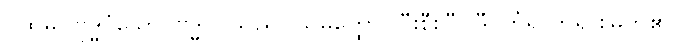
ပထမ။ ဗုဒ္ဓဝံသော၊ ဗုဒ္ဓဝင်သည်။ သမတ္ထော၊ ပြီးစီးပြီ။ ဒီပင်္ကရာဘုရားမြတ်၏